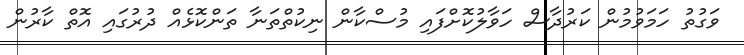
ވަގުތު ހަމަވުމުން ކަރުދާސް ހަވާލުކޮށްފައި މުސްކާން ނިކުތްތަނާ ތަންކޮޅެއް ދުރުގައި އޮތް ކާރުން